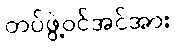
တပ်ဖွဲ့ဝင်အင်အား